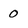
Character: 0